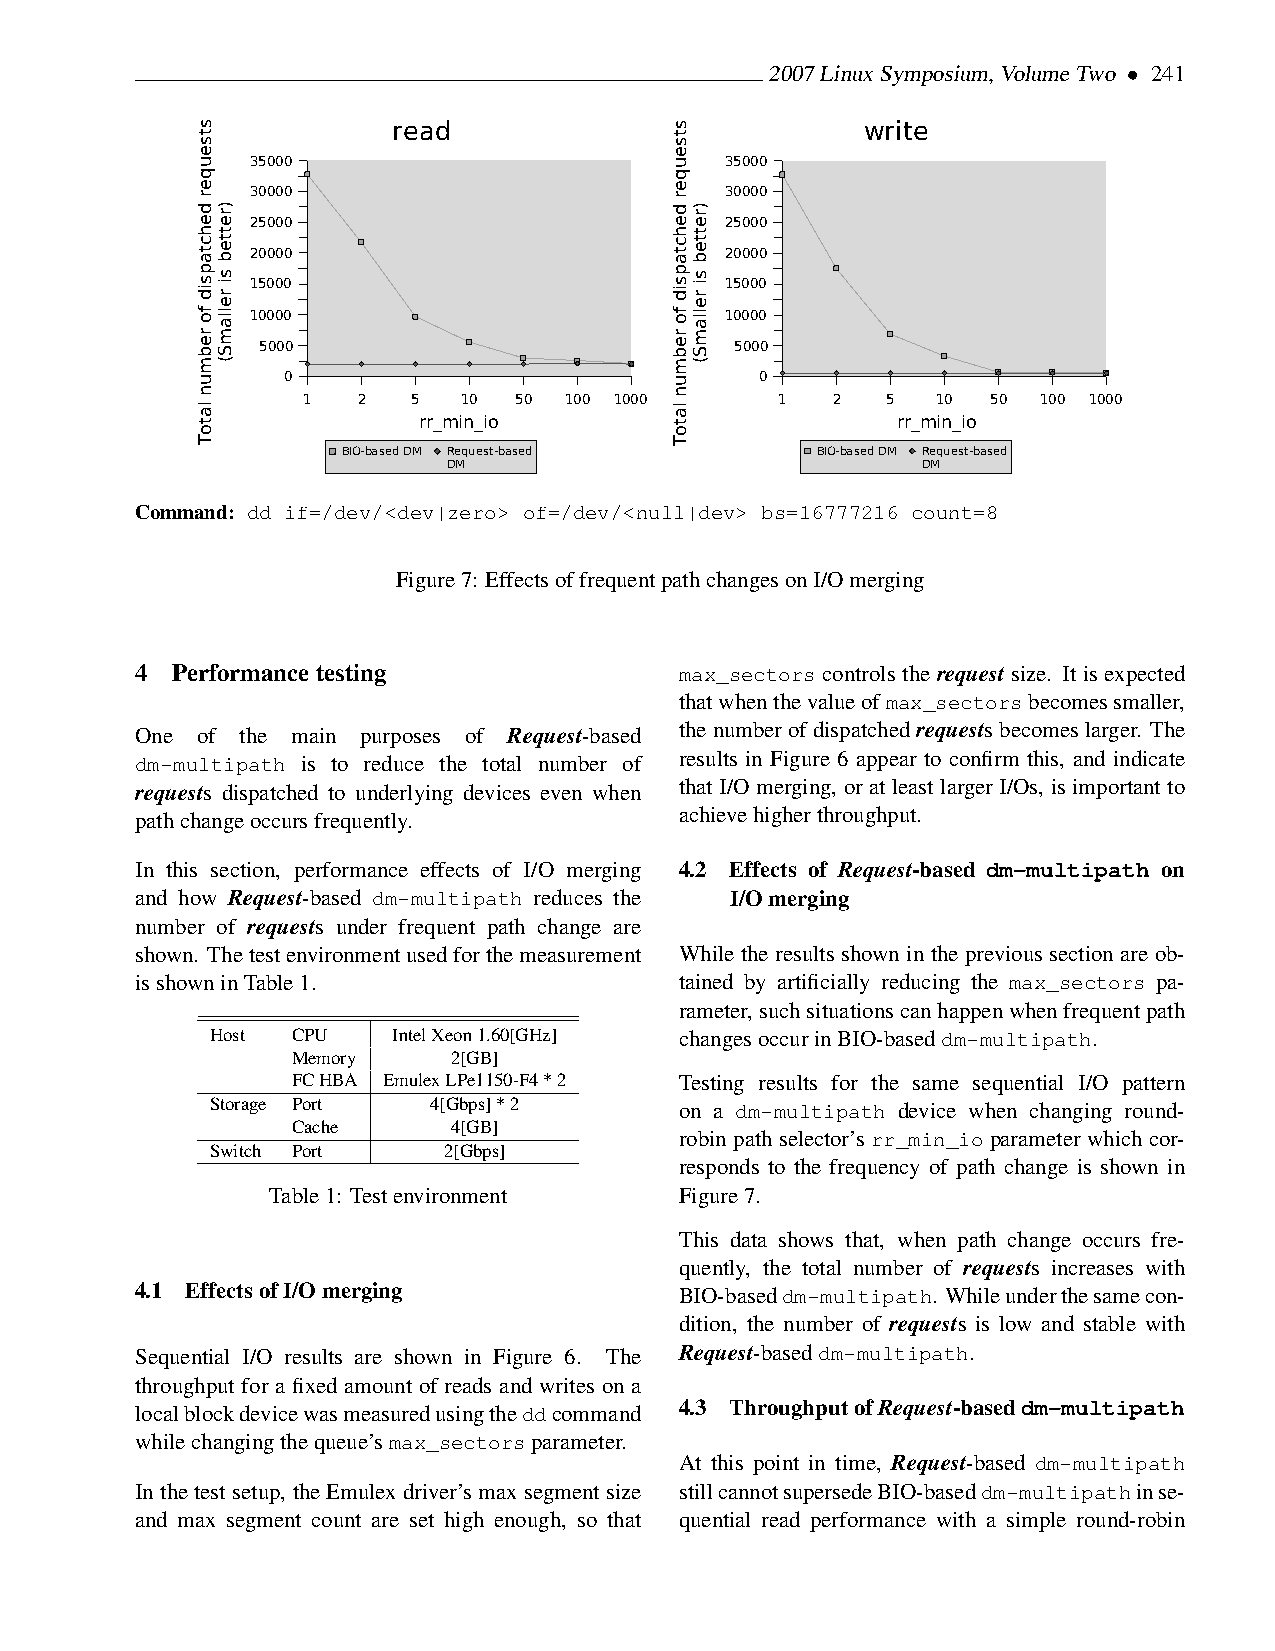
2007LinuxSymposium,VolumeTwo • 241
 read                           write
 35000                          35000
 30000                          30000
 25000                          25000
 20000                          20000
 15000                          15000
 10000                          10000
 5000                            5000
 0                              0
 1   2  5   10 50 100 1000      1   2   5  10  50 100 1000
 rr_min_io                      rr_min_io
 BIO-based DM Request-based     BIO-based DM Request-based
 DM                             DM
 Command: dd if=/dev/<dev|zero> of=/dev/<null|dev> bs=16777216 count=8
 Figure7: EffectsoffrequentpathchangesonI/Omerging
 4 Performancetesting                max_sectors controls the request size. It is expected
 thatwhenthevalueofmax_sectorsbecomessmaller,
 One of the main purposes of Request-based thenumberofdispatchedrequestsbecomeslarger. The
 dm-multipath is to reduce the total number of results in Figure 6 appear to confirm this, and indicate
 requests dispatched to underlying devices even when that I/O merging, or at least larger I/Os, is important to
 pathchangeoccursfrequently.         achievehigherthroughput.
 In this section, performance effects of I/O merging 4.2 Effects of Request-based dm-multipath on
 and how Request-based dm-multipath reduces the I/Omerging
 number of requests under frequent path change are
 shown. Thetestenvironmentusedforthemeasurement While the results shown in the previous section are ob-
 isshowninTable1.                    tained by artificially reducing the max_sectors pa-
 rameter,suchsituationscanhappenwhenfrequentpath
 Host CPU    IntelXeon1.60[GHz] changesoccurinBIO-baseddm-multipath.
 Memory     2[GB]
 FCHBA EmulexLPe1150-F4*2  Testing results for the same sequential I/O pattern
 Storage Port  4[Gbps]*2        on a dm-multipath device when changing round-
 Cache      4[GB]
 robin path selector’s rr_min_io parameter which cor-
 Switch Port    2[Gbps]
 responds to the frequency of path change is shown in
 Table1: Testenvironment    Figure7.
 This data shows that, when path change occurs fre-
 quently, the total number of requests increases with
 4.1 EffectsofI/Omerging             BIO-baseddm-multipath. Whileunderthesamecon-
 dition, the number of requests is low and stable with
 Sequential I/O results are shown in Figure 6. The Request-baseddm-multipath.
 throughput for a fixed amount of reads and writes on a
 localblockdevicewasmeasuredusingtheddcommand 4.3 ThroughputofRequest-baseddm-multipath
 whilechangingthequeue’smax_sectorsparameter.
 At this point in time, Request-based dm-multipath
 In the test setup, the Emulex driver’s max segment size stillcannotsupersedeBIO-baseddm-multipathinse-
 and max segment count are set high enough, so that quential read performance with a simple round-robin
 stseuqer
 dehctapsid
 fo
 rebmun
 latoT
 )retteb
 si
 rellamS(
 stseuqer
 dehctapsid
 fo
 rebmun
 latoT
 )retteb
 si
 rellamS(